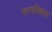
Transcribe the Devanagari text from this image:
नागरिकात